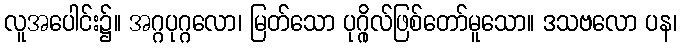
လူအပေါင်း၌။ အဂ္ဂပုဂ္ဂလော၊ မြတ်သော ပုဂ္ဂိုလ်ဖြစ်တော်မူသော။ ဒသဗလော ပန၊